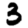
Digit: 3